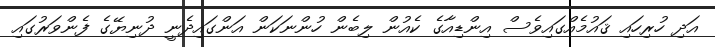
އަދި ހުރިހައި ޤައުމެއްގައިވެސް އިންޑިއާގެ ކެއުން ލިބެން ހުންނަކަން އަންގައިދެނީ ދުނިޔޭގެ ފެންވަރުގައި